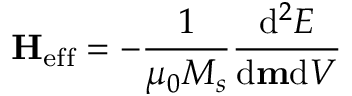
\mathbf { H } _ { \mathrm { e f f } } = - { \frac { 1 } { \mu _ { 0 } M _ { s } } } { \frac { \mathrm { d } ^ { 2 } E } { \mathrm { d } \mathbf { m } \mathrm { d } V } }